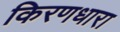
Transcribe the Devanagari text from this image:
किरणधारा